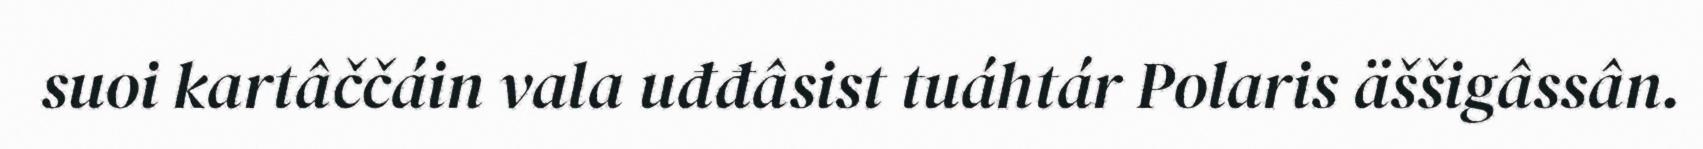
suoi kartâččáin vala uđđâsist tuáhtár Polaris äššigâssân.